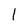
Character: 1